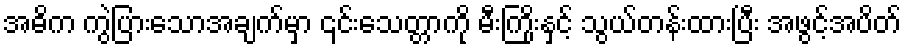
အဓိက ကွဲပြားသောအချက်မှာ ၎င်းသေတ္တာကို မီးကြိုးနှင့် သွယ်တန်းထားပြီး အဖွင့်အပိတ်